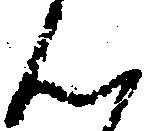
ん